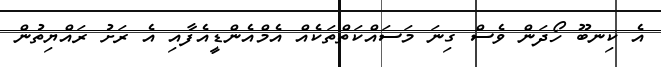
އެ ކިނބޫ ހޯދަން ވެސް ގިނަ މަސައްކަތްތަކެއް އެމްއެންޑީއެފާއި އެ ރަށު ރައްޔިތުން